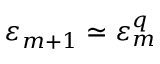
\varepsilon _ { m + 1 } \simeq \varepsilon _ { m } ^ { q }